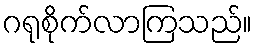
ဂရုစိုက်လာကြသည်။